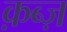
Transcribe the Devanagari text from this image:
क़ब्ज़